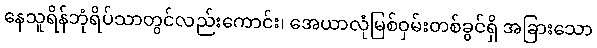
နေသူရိန်ဘုံရိပ်သာတွင်လည်းကောင်း၊ အေယာလုံမြစ်ဝှမ်းတစ်ခွင်ရှိ အခြားသော